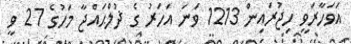
އަވަހާރަވީ ހިޖުރައިން 1213 ވަނަ އަހަރު ގެ ޛުލްޙައްޖާ މަހުގެ 27 ވީ